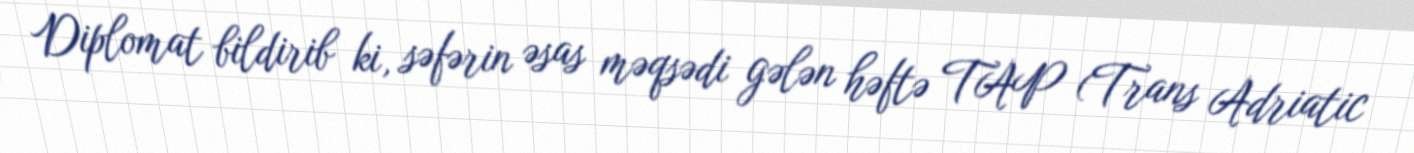
Diplomat bildirib ki, səfərin əsas məqsədi gələn həftə TAP (Trans Adriatic